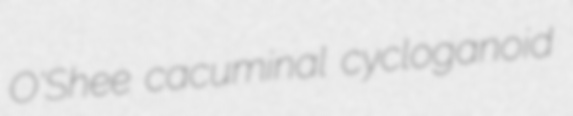
O'Shee cacuminal cycloganoid